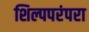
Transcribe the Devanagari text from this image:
शिल्पपरंपरा